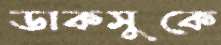
ডাকসুকে